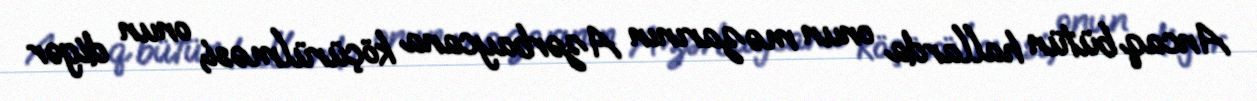
Ancaq bütün hallarda onun məzarının Azərbaycana köçürülməsi, onun digər